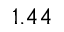
1 . 4 4